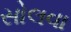
સોલવા